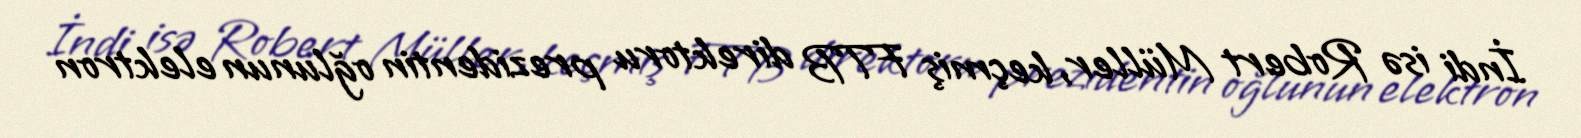
İndi isə Robert Müller, keçmiş FTB direktoru prezidentin oğlunun elektron